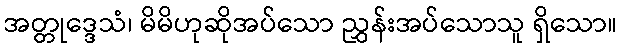
အတ္တုဒ္ဒေသံ၊ မိမိဟုဆိုအပ်သော ညွှန်းအပ်သောသူ ရှိသော။